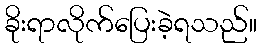
ခိုးရာလိုက်ပြေးခဲ့ရသည်။